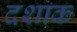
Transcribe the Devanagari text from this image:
दशाक